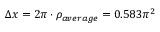
\Delta x = 2 \pi \cdot \rho _ { a v e r a g e } = 0 . 5 8 3 \pi ^ { 2 }